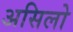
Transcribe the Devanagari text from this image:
असिलो